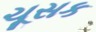
ચૂસક